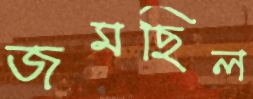
জমছিল